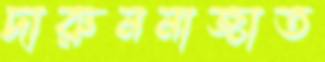
দারুননাজাত